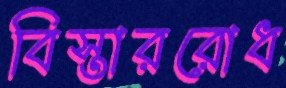
বিস্তাররোধ